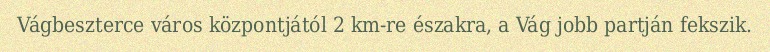
Vágbeszterce város központjától 2 km-re északra, a Vág jobb partján fekszik.